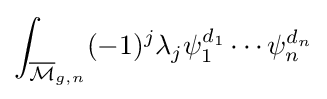
\int _{{\overline {\mathcal {M}}}_{g,n}}(-1)^{j}\lambda _{j}\psi _{1}^{d_{1}}\cdots \psi _{n}^{d_{n}}